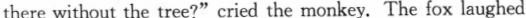
there without the tree?"cried the monkey. The fox laughed